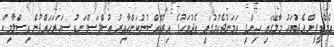
އެމްޑީޕީން އެދުވަހު މާލޭގައި ހިންގި ހަމަނުޖެހުމުގައި އެދުވަހުގެ އިރުއޮއްސުނުކަންހާއިރު އުސްފަސްގަނޑު ސަހަރަހައްދުން އިސްލާމިކް